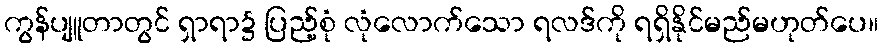
ကွန်ပျူတာတွင် ရှာရာ၌ ပြည့်စုံ လုံလောက်သော ရလဒ်ကို ရရှိနိုင်မည်မဟုတ်ပေ။